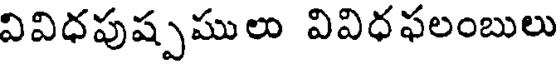
వివిధపుష్పములు వివిధఫలంబులు